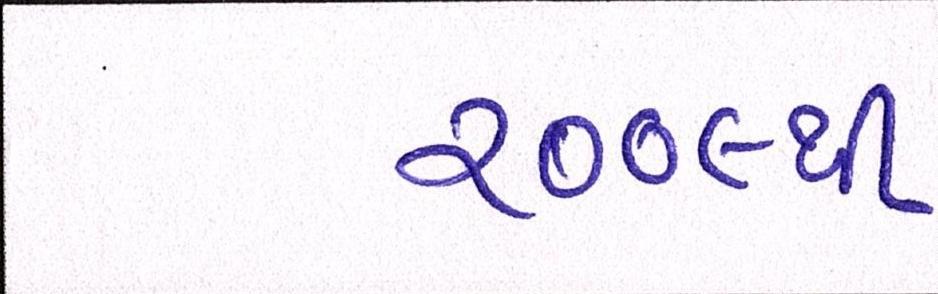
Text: ૨૦૦૯થી